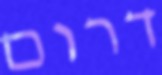
דרום